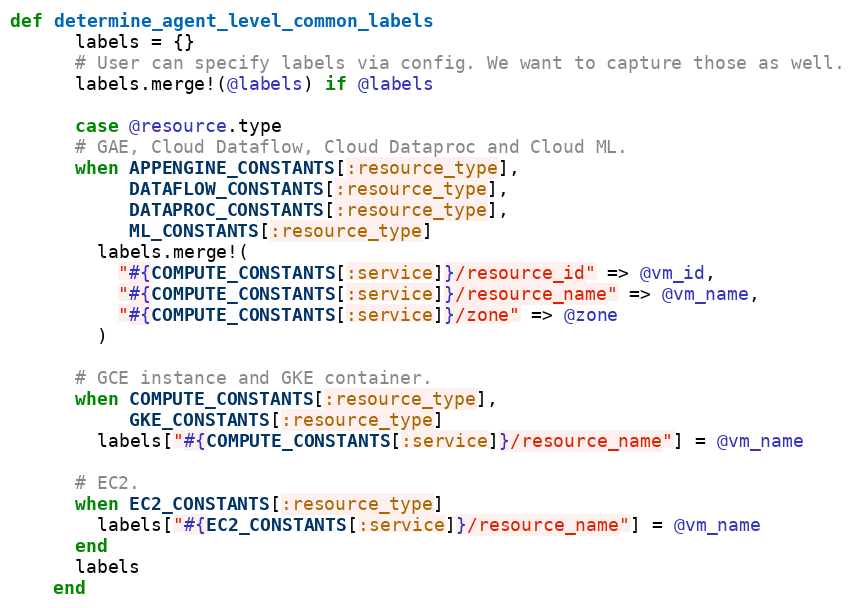
Language: Ruby
def determine_agent_level_common_labels
      labels = {}
      # User can specify labels via config. We want to capture those as well.
      labels.merge!(@labels) if @labels

      case @resource.type
      # GAE, Cloud Dataflow, Cloud Dataproc and Cloud ML.
      when APPENGINE_CONSTANTS[:resource_type],
           DATAFLOW_CONSTANTS[:resource_type],
           DATAPROC_CONSTANTS[:resource_type],
           ML_CONSTANTS[:resource_type]
        labels.merge!(
          "#{COMPUTE_CONSTANTS[:service]}/resource_id" => @vm_id,
          "#{COMPUTE_CONSTANTS[:service]}/resource_name" => @vm_name,
          "#{COMPUTE_CONSTANTS[:service]}/zone" => @zone
        )

      # GCE instance and GKE container.
      when COMPUTE_CONSTANTS[:resource_type],
           GKE_CONSTANTS[:resource_type]
        labels["#{COMPUTE_CONSTANTS[:service]}/resource_name"] = @vm_name

      # EC2.
      when EC2_CONSTANTS[:resource_type]
        labels["#{EC2_CONSTANTS[:service]}/resource_name"] = @vm_name
      end
      labels
    end